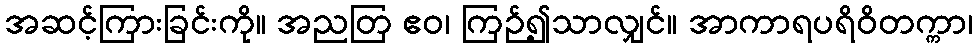
အဆင့်ကြားခြင်းကို။ အညတြ ဧဝ၊ ကြဉ်၍သာလျှင်။ အာကာရပရိဝိတက္ကာ၊